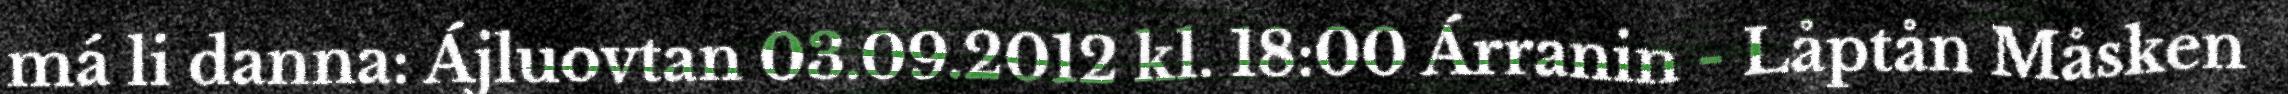
má li danna: Ájluovtan 03.09.2012 kl. 18:00 Árranin - Låptån Måsken